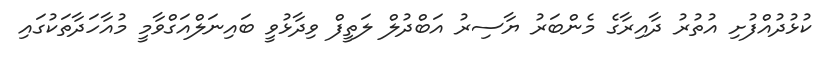
ކުޅުދުއްފުށި އުތުރު ދާއިރާގެ މެންބަރު ޔާސިރު އަބްދުލް ލަތީފް ވިދާޅުވީ ބައިނަލްއަގްވާމީ މުއާހަދާތަކުގައި